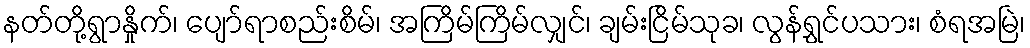
နတ်တို့ရွာနှိုက်၊ ပျော်ရာစည်းစိမ်၊ အကြိမ်ကြိမ်လျှင်၊ ချမ်းငြိမ်သုခ၊ လွန်ရွှင်ပသား၊ စံရအမြဲ၊